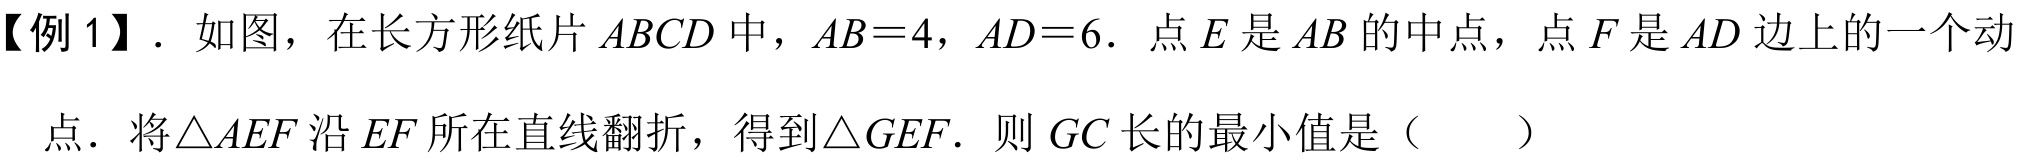
【例 1】. 如图，在长方形纸片 \(ABCD\) 中，\(AB = 4\)，\(AD = 6\). 点 \(E\) 是 \(AB\) 的中点，点 \(F\) 是 \(AD\) 边上的一个动
点. 将\(\triangle AEF\)沿 \(EF\) 所在直线翻折，得到\(\triangle GEF\). 则 \(GC\) 长的最小值是（  ）